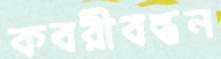
কবরীবন্ধন